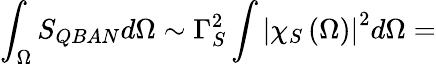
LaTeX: \int_{\Omega}S_{QBAN}d\Omega\sim\Gamma_{S}^{2}\int\left|\chi_{S}\left(\Omega\right)\right|^{2}d\Omega=